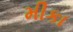
મીકા